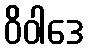
ဝိဝါဒေ